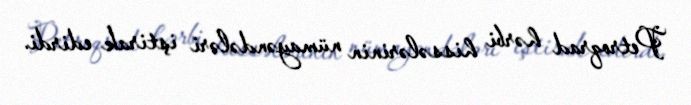
Petroqrad hərbi hissələrinin nümayəndələri iştirak edirdi.